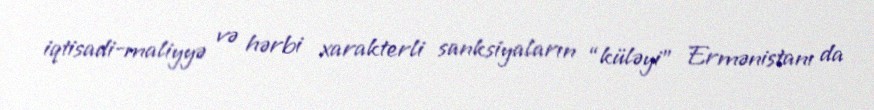
iqtisadi-maliyyə və hərbi xarakterli sanksiyaların “küləyi” Ermənistanı da